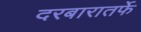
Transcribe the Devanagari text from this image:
दरबारातर्फे